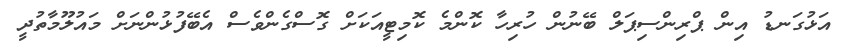
އަޅުގަނޑު އިން ޕްރިންސިޕަލް ބޭނުން ހުރިހާ ކޮންމެ ކޮމިޓީއަކަށް ގޮސްގެންވެސް އެބޭފުޅުންނަށް މައުލޫމާތުދީ